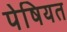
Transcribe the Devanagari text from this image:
पेषियत